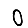
Digit: 0